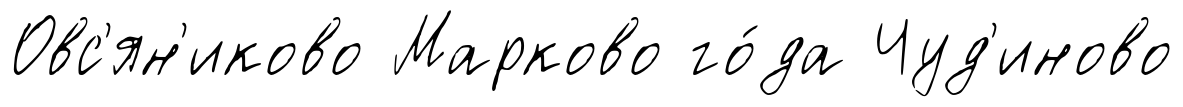
Овс'ян'иково Марково го́да Чуд'иново